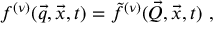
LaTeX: f ^ { ( \nu ) } ( \vec { q } , \vec { x } , t ) = \tilde { f } ^ { ( \nu ) } ( \vec { Q } , \vec { x } , t ) ~ ,